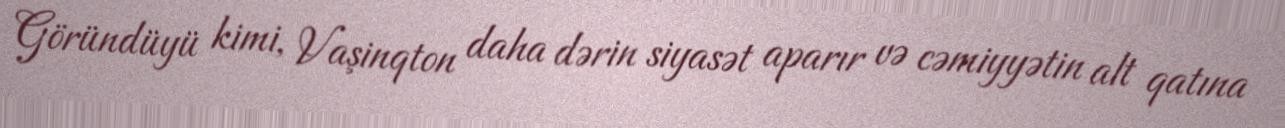
Göründüyü kimi, Vaşinqton daha dərin siyasət aparır və cəmiyyətin alt qatına